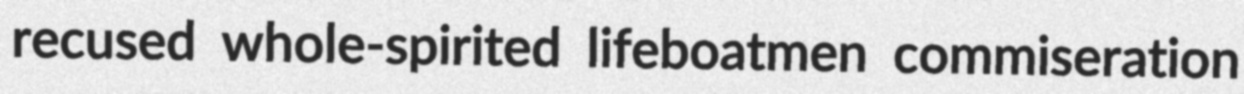
recused whole-spirited lifeboatmen commiseration